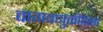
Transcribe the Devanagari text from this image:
वागवणुकीपेक्षा